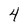
Character: 4